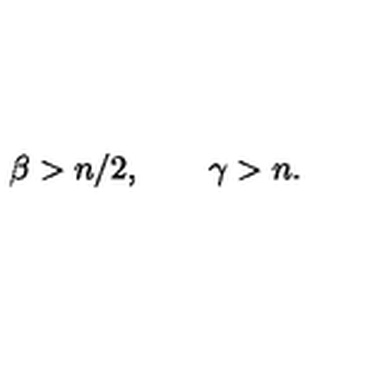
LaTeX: \beta > n / 2 , \qquad \gamma > n .